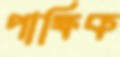
পাক্ষিক